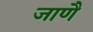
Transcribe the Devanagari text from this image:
जाणै